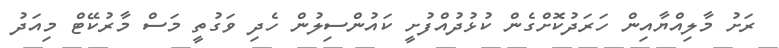
ރަށު މާލިއްޔާއިން ހަރަދުކޮށްގެން ކުޅުދުއްފުށީ ކައުންސިލުން ހެދި ވަގުތީ މަސް މާރުކޭޓް މިއަދު